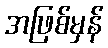
အဖြစ်မှန်